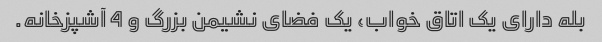
بله دارای یک اتاق خواب، یک فضای نشیمن بزرگ و 4 آشپزخانه.